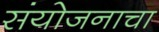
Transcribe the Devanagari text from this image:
संयोजनाचा